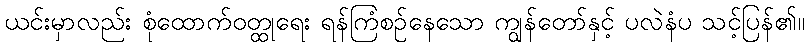
ယင်းမှာလည်း စုံထောက်ဝတ္ထုရေး ရန်ကြံစဉ်နေသော ကျွန်တော်နှင့် ပလဲနံပ သင့်ပြန်၏။